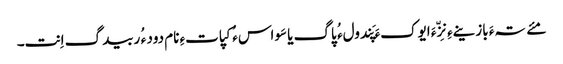
مئے تہءَ بازینےءِ نِزّءَ ایوکءَ پَندولء ُ پاگ یا سَواسء ُ کپاتءِ نام دود ء ُ ربیدگ اِنت۔